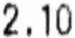
2.10